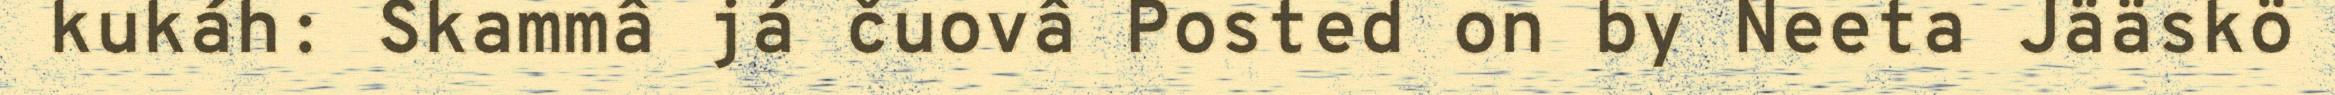
kukáh: Skammâ já čuovâ Posted on by Neeta Jääskö